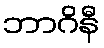
ဘာဂိနီ